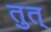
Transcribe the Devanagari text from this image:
तुत्